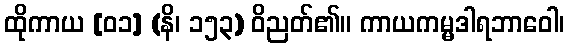
ထိုကာယ [၀၁] (နိ၊ ၁၅၃) ဝိညတ်၏။ ကာယကမ္မဒါရဘာဝေါ၊